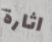
اثارة